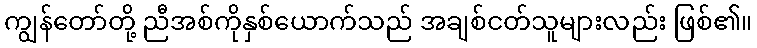
ကျွန်တော်တို့ ညီအစ်ကိုနှစ်ယောက်သည် အချစ်ငတ်သူများလည်း ဖြစ်၏။